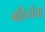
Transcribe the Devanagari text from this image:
बहिर्त्वचा